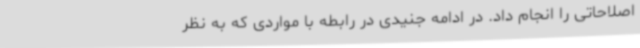
اصلاحاتی را انجام داد. در ادامه جنیدی در رابطه با مواردی که به نظر